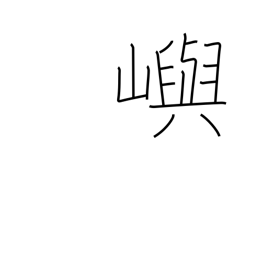
Meaning: island